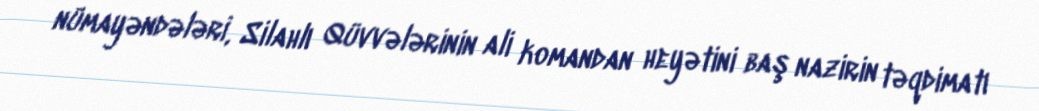
nümayəndələri, Silahlı Qüvvələrinin ali komandan heyətini baş nazirin təqdimatı